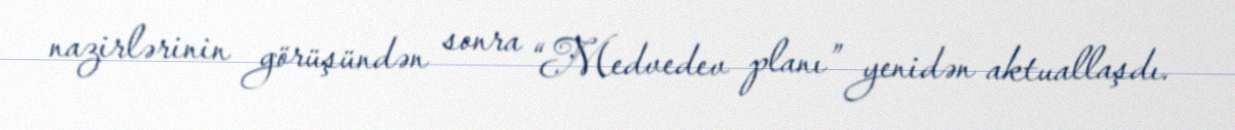
nazirlərinin görüşündən sonra “Medvedev planı” yenidən aktuallaşdı.